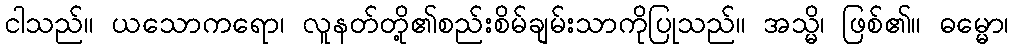
ငါသည်။ ယသောကရော၊ လူနတ်တို့၏စည်းစိမ်ချမ်းသာကိုပြုသည်။ အသ္မိ၊ ဖြစ်၏။ ဓမ္မော၊